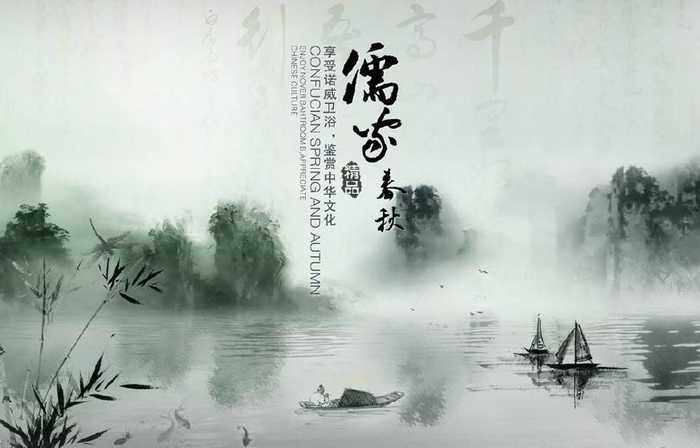
治国之道，爱民而已。